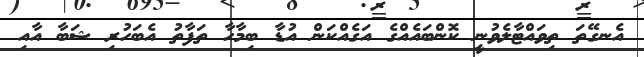
އެނގޭތަ ތިވައްޓާލެވުނީ ކޮންބައެއްގެ އަގެއްކަން އުޑާ ބިމާހާ ތަފާތު އެބަހުރި ޝަބާ އާއި